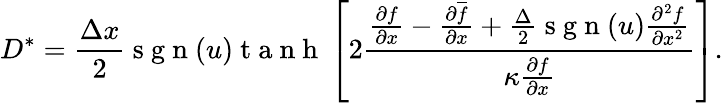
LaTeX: D^{\ast}=\frac{\Delta x}{2}\mathrm{~s~g~n~}(u)\mathrm{~t~a~n~h~}\left[2\frac{\frac{\partial f}{\partial x}-\frac{\partial\overline{{f}}}{\partial x}+\frac{\Delta}{2}\mathrm{~s~g~n~}(u)\frac{\partial^{2}f}{\partial x^{2}}}{\kappa\frac{\partial{f}}{\partial x}}\right].